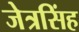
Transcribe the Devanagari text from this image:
जेत्रसिंह